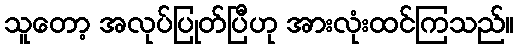
သူတော့ အလုပ်ပြုတ်ပြီဟု အားလုံးထင်ကြသည်။